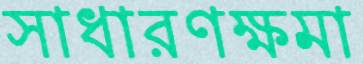
সাধারণক্ষমা